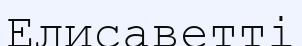
Елисаветті